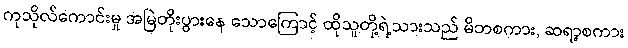
ကုသိုလ်ကောင်းမှု အမြဲတိုးပွားနေ သောကြောင့် ထိုသူတို့ရဲ့သားသည် မိဘစကား, ဆရာ့စကား